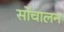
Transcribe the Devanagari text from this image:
सोचालन